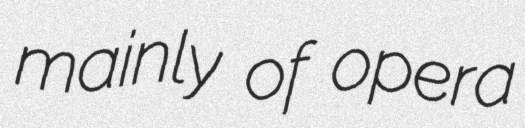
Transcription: mainly of opera